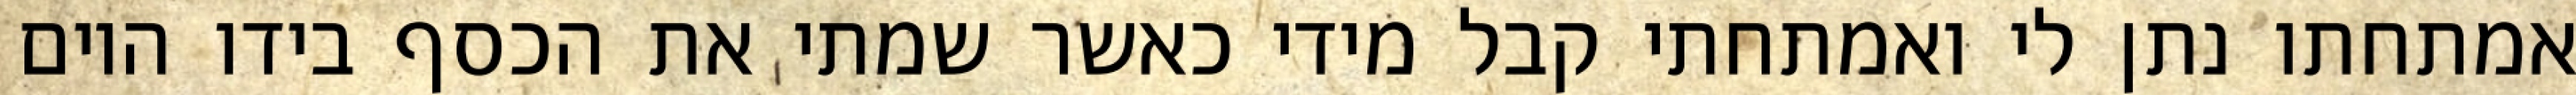
אמתחתו נתן לי ואמתחתי קבל מידי כאשר שמתי את הכסף בידו היום